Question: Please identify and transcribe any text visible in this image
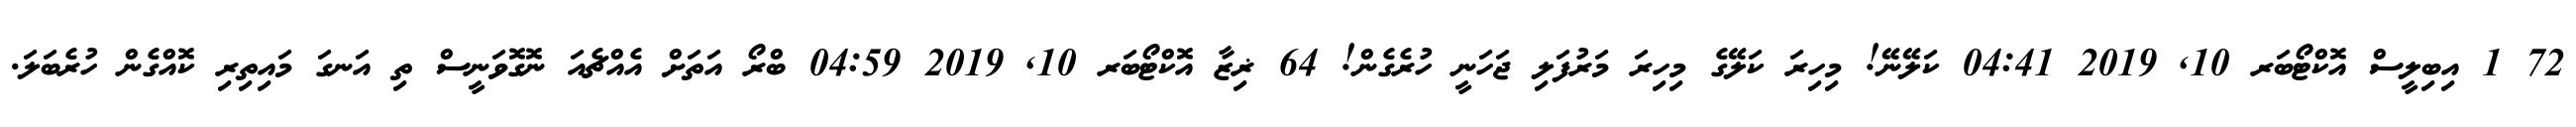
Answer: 72 1 އިބިލީސް އޮކްޓޯބަރ 10, 2019 04:41 ކަލޭނޭ! މިހިރަ ކަލޭގެ މިހިރަ މަރުފަލި ޖަހަނީ ހުރެގެން! 64 ޜިޒާ އޮކްޓޯބަރ 10, 2019 04:59 ބްރޯ އަތަށް އެއްޗެއަ ނޮގޮވަނީސް ތި އަނގަ މައިތިރި ކޮއްގެން ހުރެބަލަ.